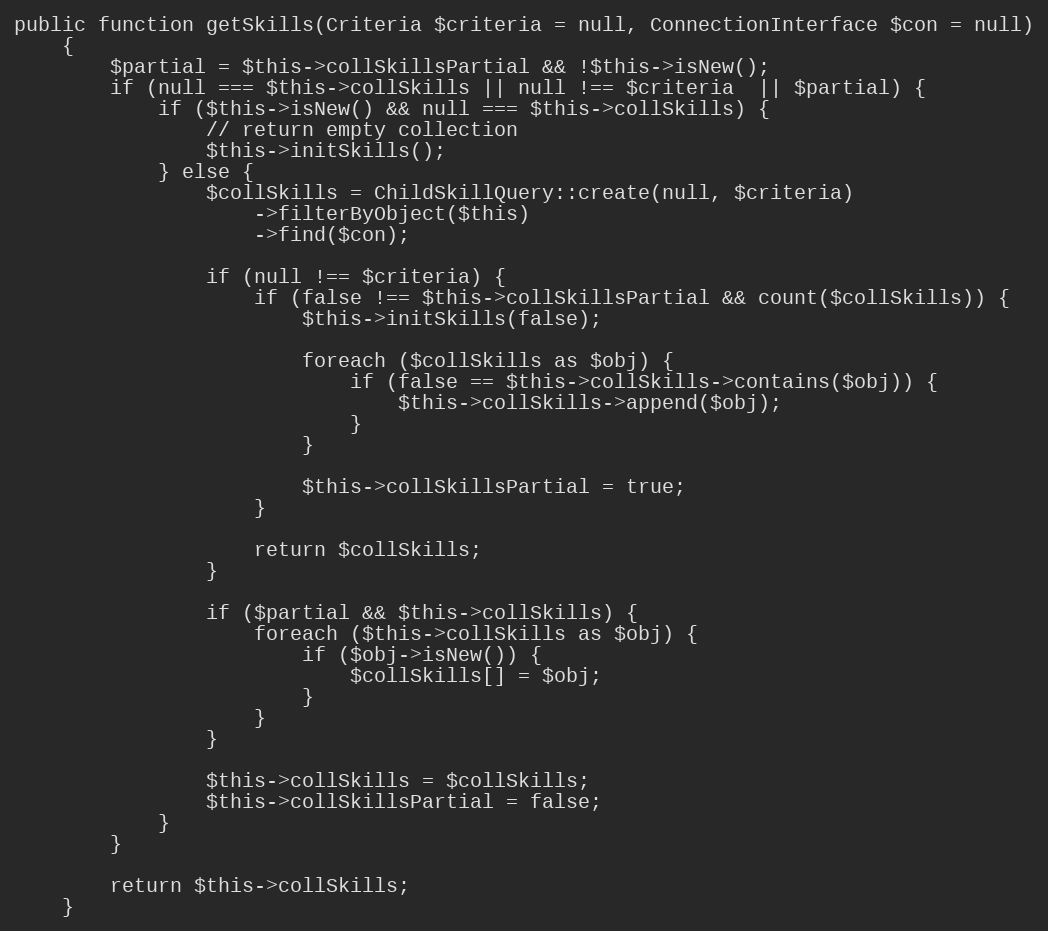
Language: PHP
public function getSkills(Criteria $criteria = null, ConnectionInterface $con = null)
    {
        $partial = $this->collSkillsPartial && !$this->isNew();
        if (null === $this->collSkills || null !== $criteria  || $partial) {
            if ($this->isNew() && null === $this->collSkills) {
                // return empty collection
                $this->initSkills();
            } else {
                $collSkills = ChildSkillQuery::create(null, $criteria)
                    ->filterByObject($this)
                    ->find($con);

                if (null !== $criteria) {
                    if (false !== $this->collSkillsPartial && count($collSkills)) {
                        $this->initSkills(false);

                        foreach ($collSkills as $obj) {
                            if (false == $this->collSkills->contains($obj)) {
                                $this->collSkills->append($obj);
                            }
                        }

                        $this->collSkillsPartial = true;
                    }

                    return $collSkills;
                }

                if ($partial && $this->collSkills) {
                    foreach ($this->collSkills as $obj) {
                        if ($obj->isNew()) {
                            $collSkills[] = $obj;
                        }
                    }
                }

                $this->collSkills = $collSkills;
                $this->collSkillsPartial = false;
            }
        }

        return $this->collSkills;
    }